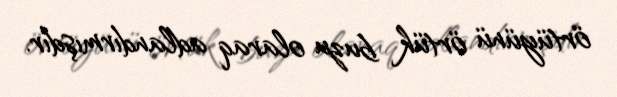
örtüyünü örtük buzu olaraq adlandırmışdır.